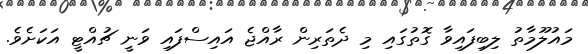
މައުލޫމާތު ލިބިފައިވާ ގޮތުގައި މި ދެތަރިން ރާއްޖެ އައިސްފައި ވަނީ ޗުއްޓީ އަކަށެވެ.